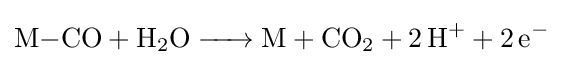
{\ce {M-CO + H2O -> M + CO2 + 2H+ + 2e-}}